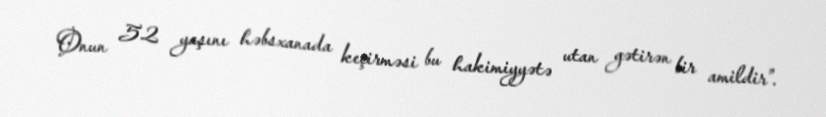
Onun 52 yaşını həbsxanada keçirməsi bu hakimiyyətə utan gətirən bir amildir”.